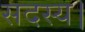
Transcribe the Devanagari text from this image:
सदस्‍य।